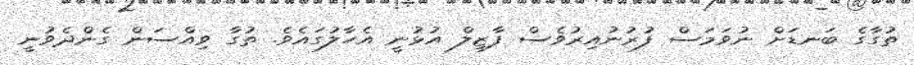
ތުގާގެ ބަނޑަށް ނުވަމަސް ފުރުނުއިރުވެސް ފާޒިލް އުޅުނީ އެހާލުގައެވެ. ތުގާ ވިއްސަން ގެންދެވުނީ